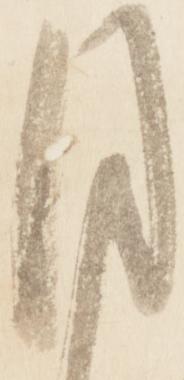
目